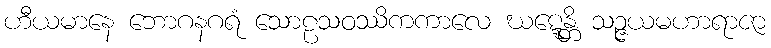
ဟီယမာနေ ဘောဂနဂရံ သောဠသဝဿိကကာလေ ဃဋ္ဋေန္တိ သဉ္ဇယမဟာရာဇာ